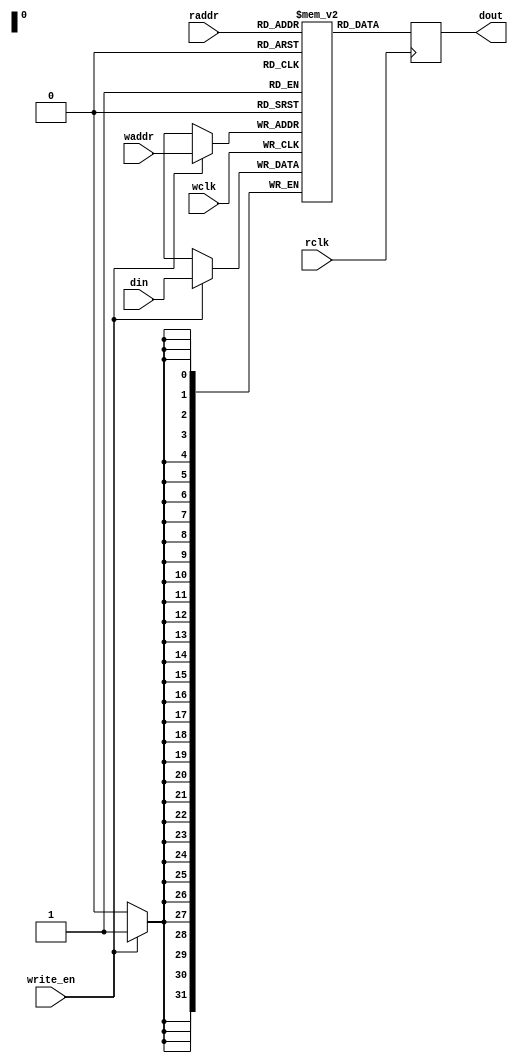
// This program was cloned from: https://github.com/PulseRain/Reindeer
// License: Apache License 2.0

/*
###############################################################################
# Copyright (c) 2018, PulseRain Technology LLC 
#
# Licensed under the Apache License, Version 2.0 (the "License");
# you may not use this file except in compliance with the License.
# You may obtain a copy of the License at
#
#     http://www.apache.org/licenses/LICENSE-2.0
#
# Unless required by applicable law or agreed to in writing, software
# distributed under the License is distributed on an "AS IS" BASIS,
# WITHOUT WARRANTIES OR CONDITIONS OF ANY KIND, either express or implied.
# See the License for the specific language governing permissions and
# limitations under the License.
#
###############################################################################
*/

`default_nettype none

module dual_port_ram_lattice #(parameter ADDR_WIDTH = 32, DATA_WIDTH = 32) (
          input wire [ADDR_WIDTH - 1 : 0]       waddr, 
          input wire [ADDR_WIDTH - 1 : 0]       raddr,
          
          input wire [DATA_WIDTH - 1 : 0]       din,
          input wire                            write_en, 
          input wire                            wclk, 
          input wire                            rclk,
          output reg [DATA_WIDTH - 1 : 0]       dout
);

    reg [DATA_WIDTH - 1 : 0] mem [(1<<ADDR_WIDTH)-1:0];
    
    always @(posedge wclk)  begin// Write memory.
        if (write_en) begin
            mem[waddr] <= din; // Using write address bus.
        end
    end
   
    always @(posedge rclk) begin // Read memory.
        dout <= mem[raddr]; // Using read address bus.
    end
endmodule

`default_nettype wire